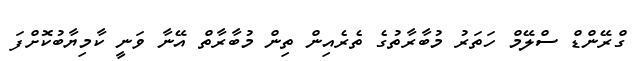
ގްރޭންޑް ސްލޭމް ހަތަރު މުބާރާތުގެ ތެރެއިން ތިން މުބާރާތް އޭނާ ވަނީ ކާމިޔާބުކޮށްފަ